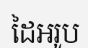
ដៃអរូប